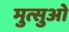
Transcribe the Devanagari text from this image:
मुत्सुओ